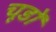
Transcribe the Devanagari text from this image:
चूडों